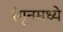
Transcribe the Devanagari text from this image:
रंगूनमध्ये